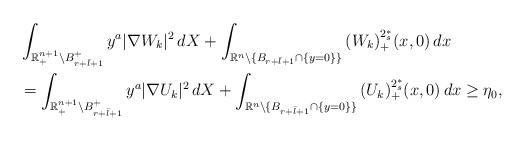
LaTeX: \begin{align*}&\int_{\mathbb{R}^{n+1}_+\setminus B^+_{r+\bar{l}+1}}{y^a|\nabla W_k|^2\,dX}+\int_{\mathbb{R}^n\setminus\{B_{r+\bar{l}+1}\cap\{y=0\}\}}{(W_k)_+^{2^*_s}(x,0)\,dx}\\&=\int_{\mathbb{R}^{n+1}_+\setminus B^+_{r+\bar{l}+1}}{y^a|\nabla U_k|^2\,dX}+\int_{\mathbb{R}^n\setminus\{B_{r+\bar{l}+1}\cap\{y=0\}\}}{(U_k)_+^{2^*_s}(x,0)\,dx}\geq \eta_0,\end{align*}